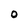
Character: O